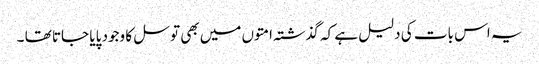
یہ اس بات کی دلیل ہے کہ گذشتہ امتوں میں بھی توسل کا وجود پایا جاتا تھا ۔